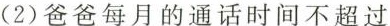
2)爸爸每月的通话时间不超过